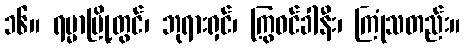
၁၆။ ရမ္မာမြို့တွင်၊ ဘုရားရှင်၊ ကြွဝင်ခါနီး၊ ကြုံသတည်း။